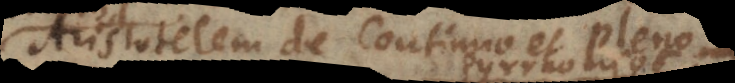
Aristotelem de Continuo et Pleno,